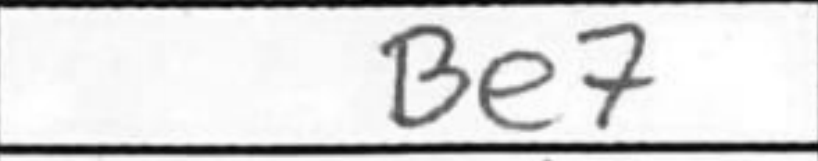
Transcription: Be7